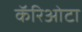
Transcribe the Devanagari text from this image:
कॅरिओटा